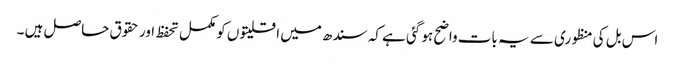
اس بل کی منظوری سے یہ بات واضح ہو گئی ہے کہ سندھ میں اقلیتوں کو مکمل تحفظ اور حقوق حاصل ہیں ۔